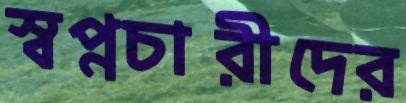
স্বপ্নচারীদের